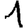
Digit: 1